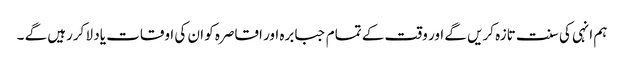
ہم انہی کی سنت تازہ کریں گے اور وقت کے تمام جبابرہ اور اقاصرہ کو ان کی اوقات یاد لا کررہیں گے ۔